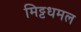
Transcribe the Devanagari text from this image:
मिट्टधमल